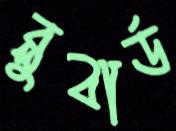
ব্লুবার্ড